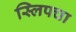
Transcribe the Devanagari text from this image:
स्लिपचा